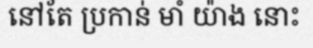
នៅតែ ប្រកាន់ មាំ យ៉ាង នោះ